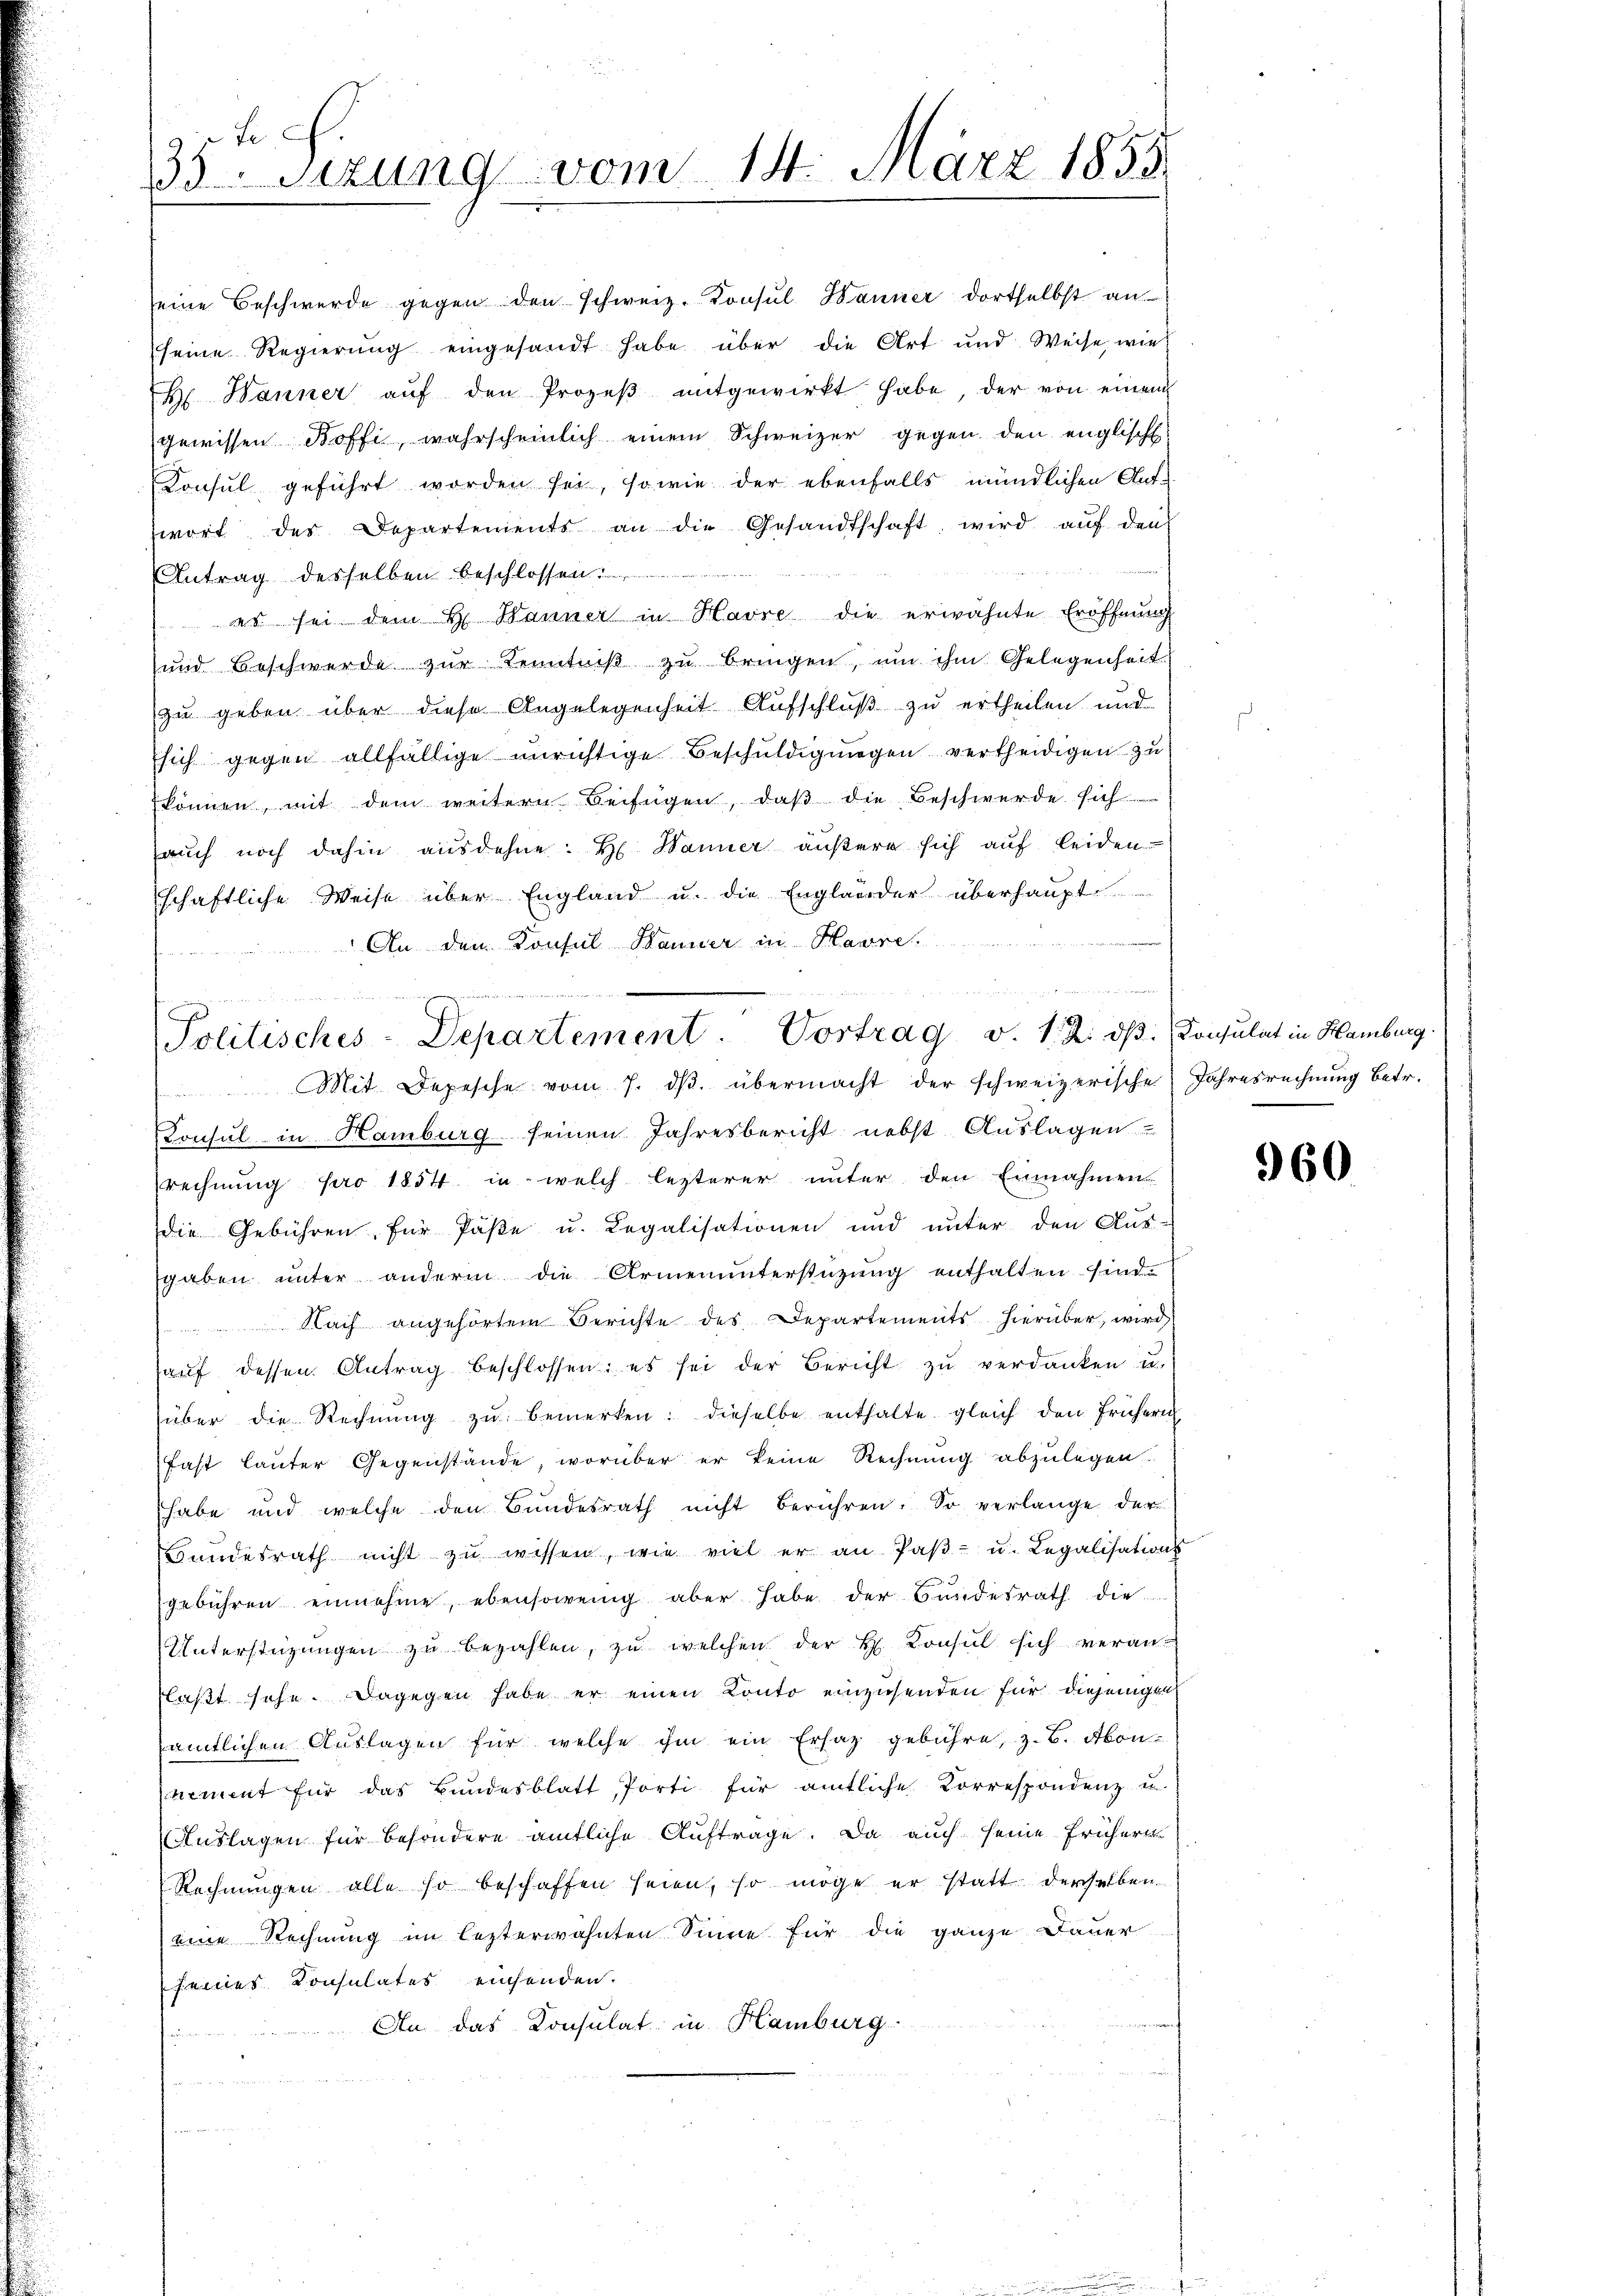
seine Beschwerde gegen den schweiz. Konsŭl Wanner dortselbst an
(seine Regierung eingesandt habe über die Art und Weise, wie
H. Hanner aŭf den Prozeβ mitgewirkt habe, der von einem
gewissen Boffi, wahrscheinlich einem Schweizer gegen den englische
Konsul geführt worden sei, sowie der ebenfalls mündlichen Auf-
wort des Departements an die Gesandtschaft wird auf den
Antrag desselben beschlossen ............
 es sei dem H. Wanner in Havre die erwähnte Eröffnung
und Beschwerde zŭr Kenntniβ zŭ bringen, um ihm Gelegenheit
zu geben über diese Angelegenheit Aufschluß zu ertheilen und
sich gegen allfällige unrichtige Beschuldigungen vertheidigen zu
können, mit dem weitern Beifügen, daβ die Beschwerde sich
aŭch noch dahin ausdehne. H. Hanner äußere sich auf leiden
schaftliche Weise über England u. die Engländer überhaupt
 An dem Konsul Danier in Havre

Le
35 sizung vom 14. März 1855

e
Politisches-Departement. Vortrag v. 12. dβ. Consulat in Hamburg.
 Mit Depesche vom 7. dβ. übermacht der schweizerische Jahresrechnung betr.

Consul in Hamburg seinen Jahresbericht nebst Auslagen
rechnung far 1854 in welch lezterer unter den Einnahmen
die Gebühren, für Päße u. Legalisationen und unter den Aus-
gaben unter andern die Armenunterstüzung enthalten sind.
 Nach angehörtem Berichte des Departements hierüber, wird
aŭf dessen Antrag beschlossen: es sei der Bericht zu verdanken u.
über die Rechnŭng zŭ bemerken: dieselbe enthalte gleich den frühern
fast lauter Gegenstände, worüber er keine Rechnung abzulegen.
habe und welche den Bundesrath nicht berühren. So verlange der
Bundesrath nicht zŭ wissen, wie viel er an Paβ- u. Legalisations
gebühren einnehme, ebensowenig aber habe der Bundesrath die
Unterstüzungen zŭ bezahlen, zu welchen der H. Konsul sich veranlaßt sehe. Dagegen habe er einen Konto einzusenden für diejenigen
amtlichen Auslagen für welche ihm ein Ersaz gebühre, z. B. Abonnement für das Bundesblatt, Porti für amtliche Korrespondenz un
Auslagen für besondere amtliche Auftrage. Da auch seine frühere
Rechnungen alle so beschaffen seien, so möge er statt derselben
eine Rechnung im lezterwähnten Sinne für die ganze Dauer
seines Consulates einsenden.
An das Konsulat in Hamburg

960